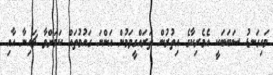
މައިގަނޑު ސަބަބަކީ އެމެރިކާގެ އިތުރުން ތަރައްގީވަމުން އަންނަ ގައުމުތައް ކަމަށްވާ ޗައިނާ އާއި